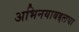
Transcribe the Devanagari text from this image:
अभिनयाबद्दलचा